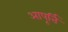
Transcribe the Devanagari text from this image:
आपूर्त्ति